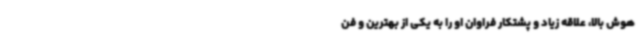
هوش بالا، علاقه‌ زیاد و پشتکار فراوان او را به یکی از بهترین و فن